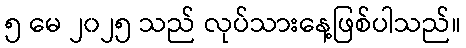
၅ မေ ၂၀၂၅ သည် လုပ်သားနေ့ဖြစ်ပါသည်။